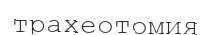
трахеотомия